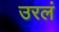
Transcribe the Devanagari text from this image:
उरलं